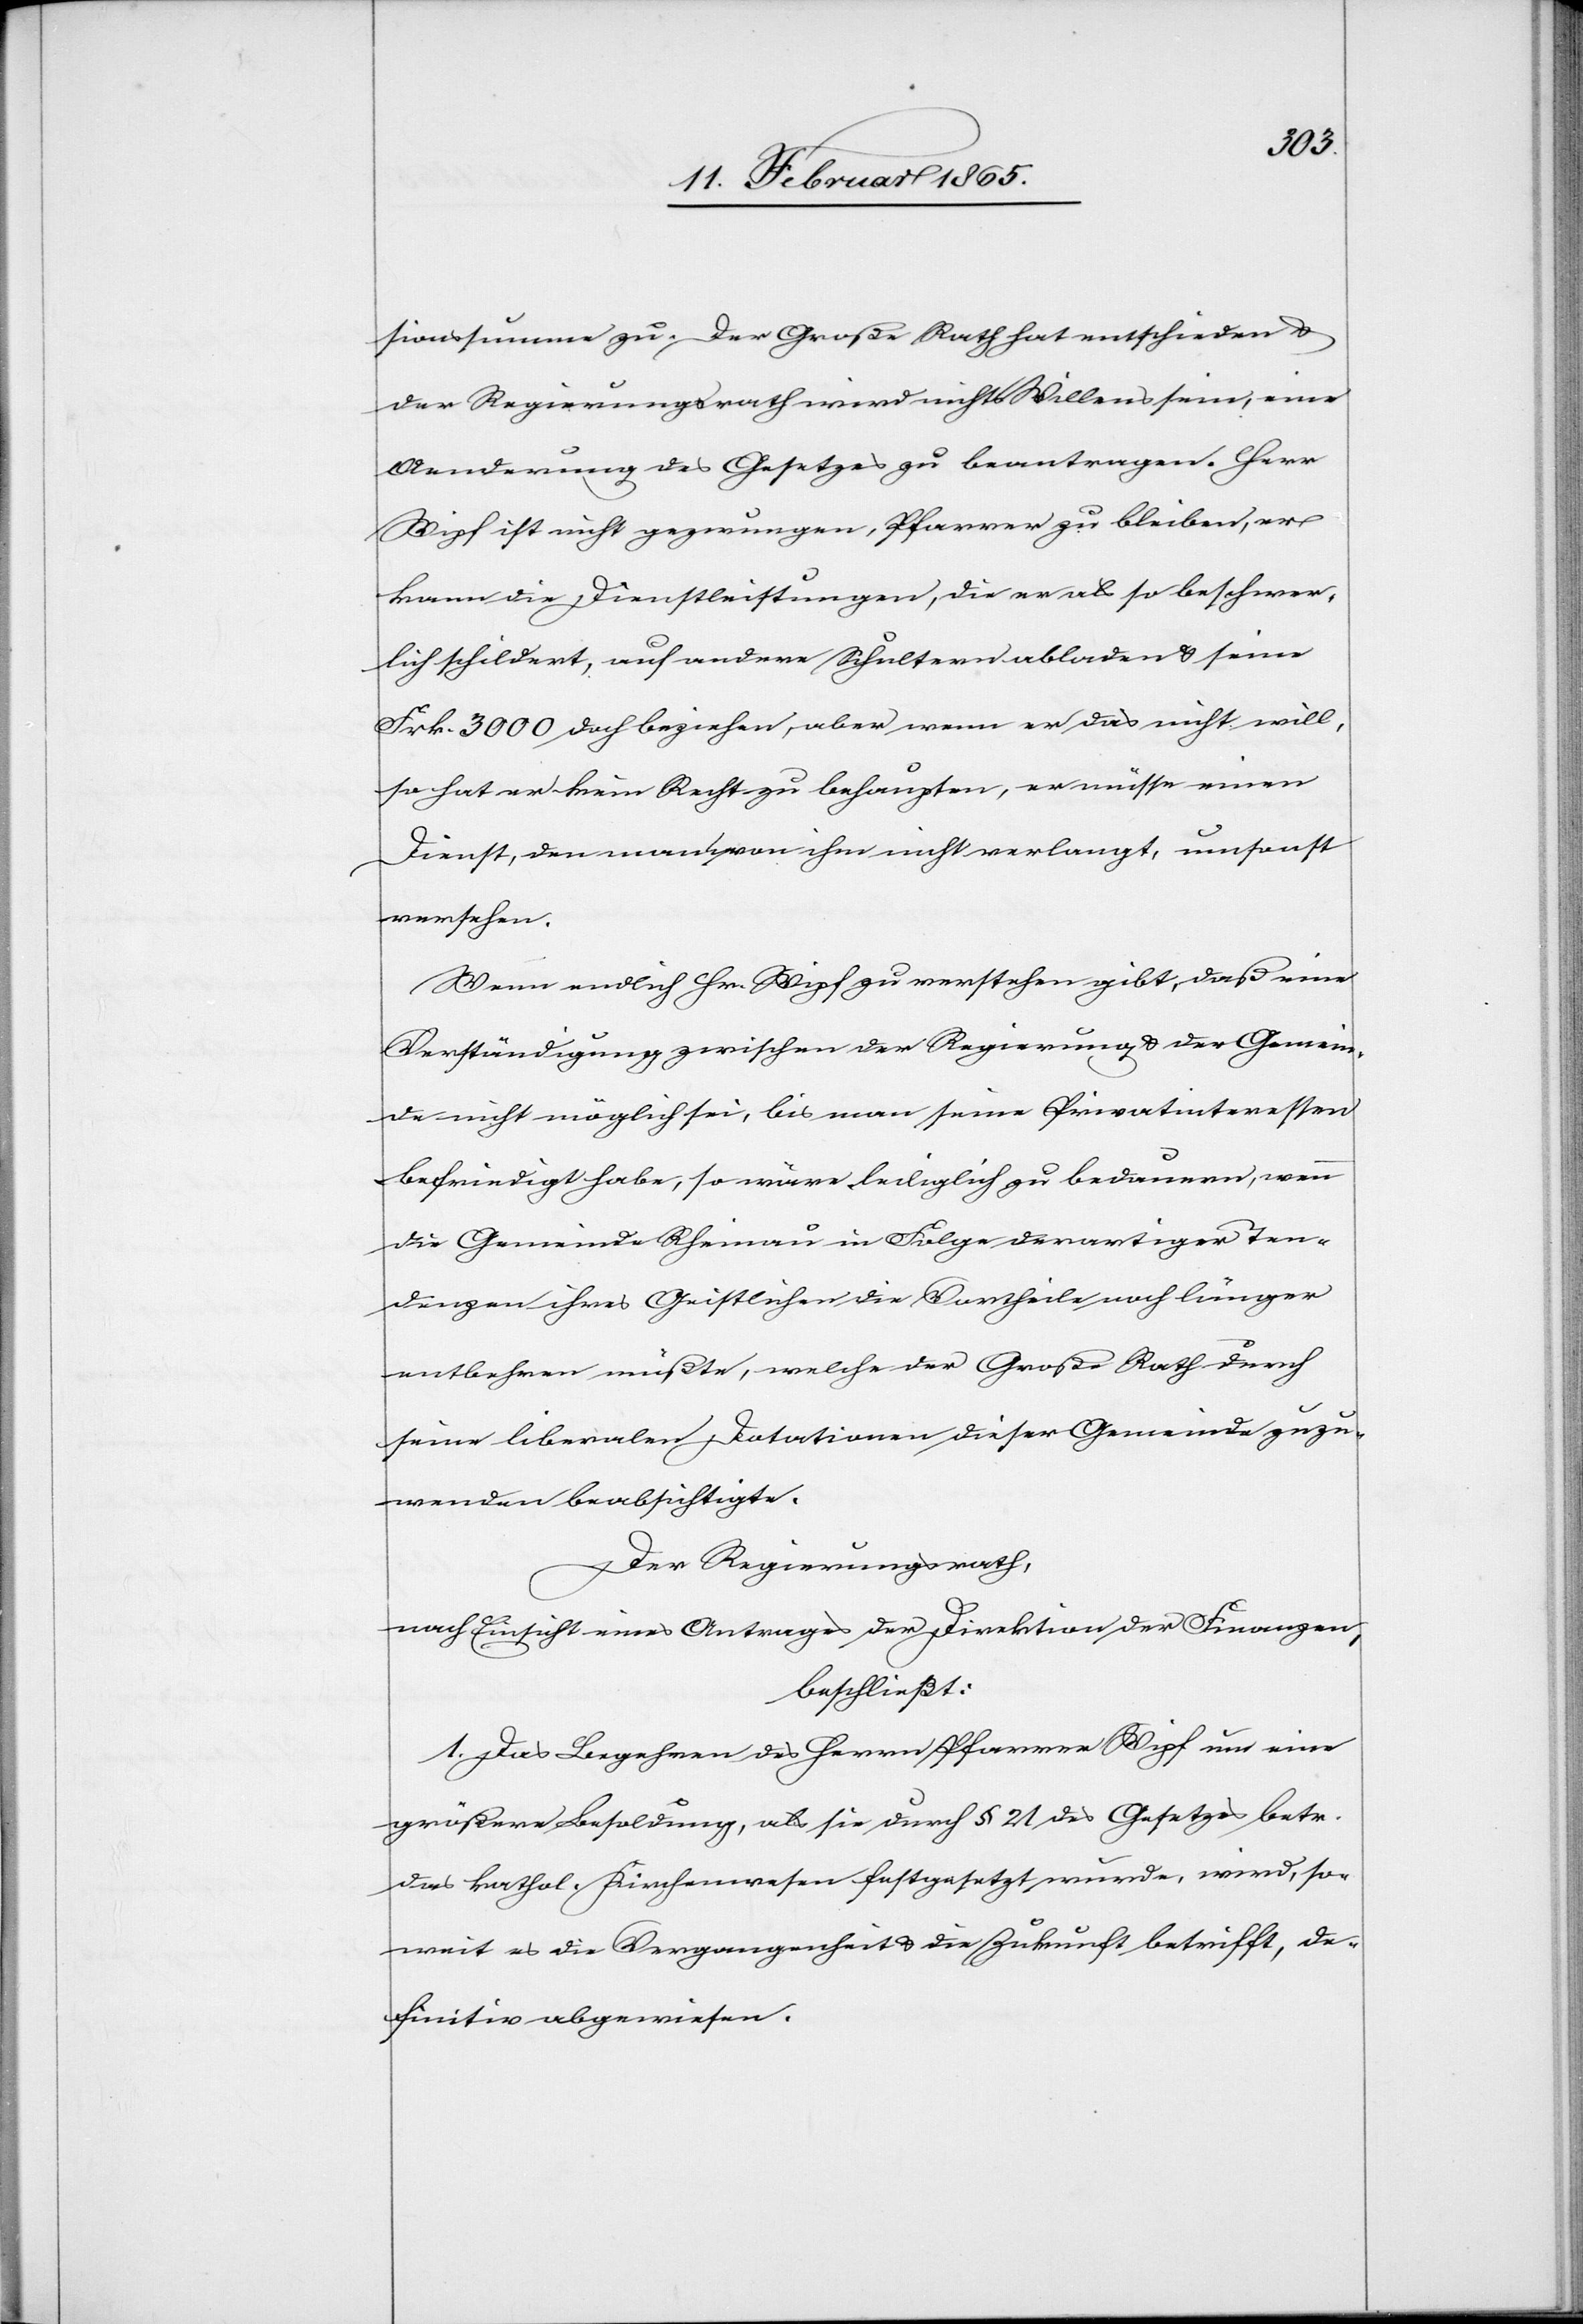
sionssumme zu. Der Große Rath hat entschieden u.
der Regierungsrath wird nichts [sic!] Willens sein, eine
Aenderung des Gesetzes zu beantragen. Herr
Wipf ist nicht gezwungen, Pfarrer zu bleiben, er
kann die Dienstleistungen, die er als so beschwer¬
lich schildert, auf andere Schultern abladen u. seine
Frk. 3000 doch beziehen, aber wenn er das nicht will,
so hat er kein Recht zu behaupten, er müsse einen
Dienst, den man von ihm nicht verlangt, umsonst
versehen.
Wenn endlich Hr. Wipf zu verstehen gibt, daß eine
Verständigung zwischen der Regierung u. der Gemein¬
de nicht möglich sei, bis man seine Privatinteressen
befriedigt habe, so wäre lediglich zu bedauern, wenn
die Gemeinde Rheinau in Folge derartiger Ten¬
denzen ihres Geistlichen die Vortheile noch länger
entbehren müßte, welche der Große Rath durch
seine liberalen Dotationen dieser Gemeinde zuzu¬
wenden beabsichtigte.
Der Regierungsrath,
nach Einsicht eines Antrages der Direktion der Finanzen,
beschließt:
1. Das Begehren des Herrn Pfarrer Wipf um eine
größere Besoldung, als sie durch § 21 des Gesetzes betr.
das kathol. Kirchenwesen festgesetzt wurde, wird, so¬
weit es die Vergangenheit u. die Zukunft betrifft, de¬
finitiv abgewiesen.